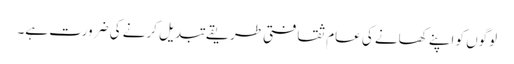
لوگوں کو اپنے کھانے کی عام ثقافتی طریقے تبدیل کرنے کی ضرورت ہے۔